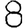
Digit: 8